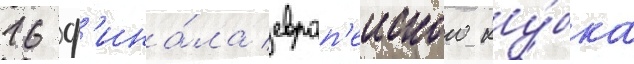
16 ф'ина́ла европ'еиского ку́бка